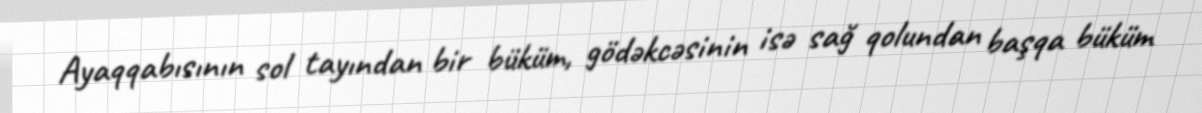
Ayaqqabısının sol tayından bir büküm, gödəkcəsinin isə sağ qolundan başqa büküm